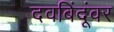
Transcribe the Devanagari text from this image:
दवबिंदूंवर